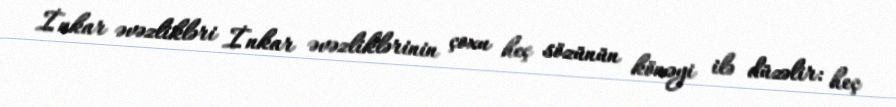
İnkar əvəzlikləri İnkar əvəzliklərinin çoxu heç sözünün köməyi ilə düzəlir: heç